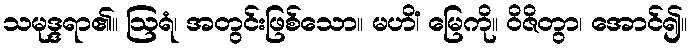
သမုဒ္ဒရာ၏။ ဩရံ၊ အတွင်းဖြစ်သော။ မဟိံ၊ မြေကို။ ဝိဇိတွာ၊ အောင်၍။